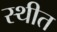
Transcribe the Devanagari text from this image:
स्‍थीत